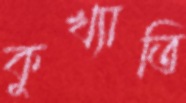
কুখ্যাতি